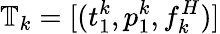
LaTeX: \mathbb{T}_{k}=[(t_{1}^{k},p_{1}^{k},f_{k}^{H})]